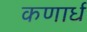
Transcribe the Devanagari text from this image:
कणार्ध